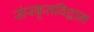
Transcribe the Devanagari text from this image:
संस्कृतविद्वान